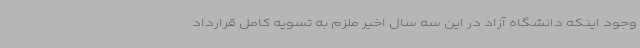
وجود اینکه دانشگاه آزاد در این سه سال اخیر ملزم به تسویه کامل قرارداد